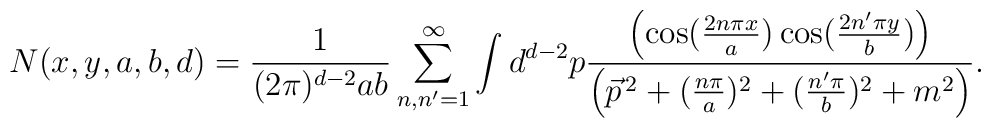
N(x,y,a,b,d)=\frac{1}{(2\pi )^{d-2}ab}\sum_{n,n^{\prime }=1}^{\infty}\int d^{d-2}p\frac{\left( \cos ( \frac{2n\pi x}{a})\cos (\frac{2n^{\prime}\pi y}{b})\right) }{\left( \vec{p}^{\,2}+(\frac{n\pi }{a})^{2}+(\frac{n^{\prime }\pi }{b})^{2}+m^{2}\right) }.